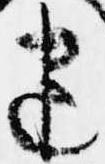
建